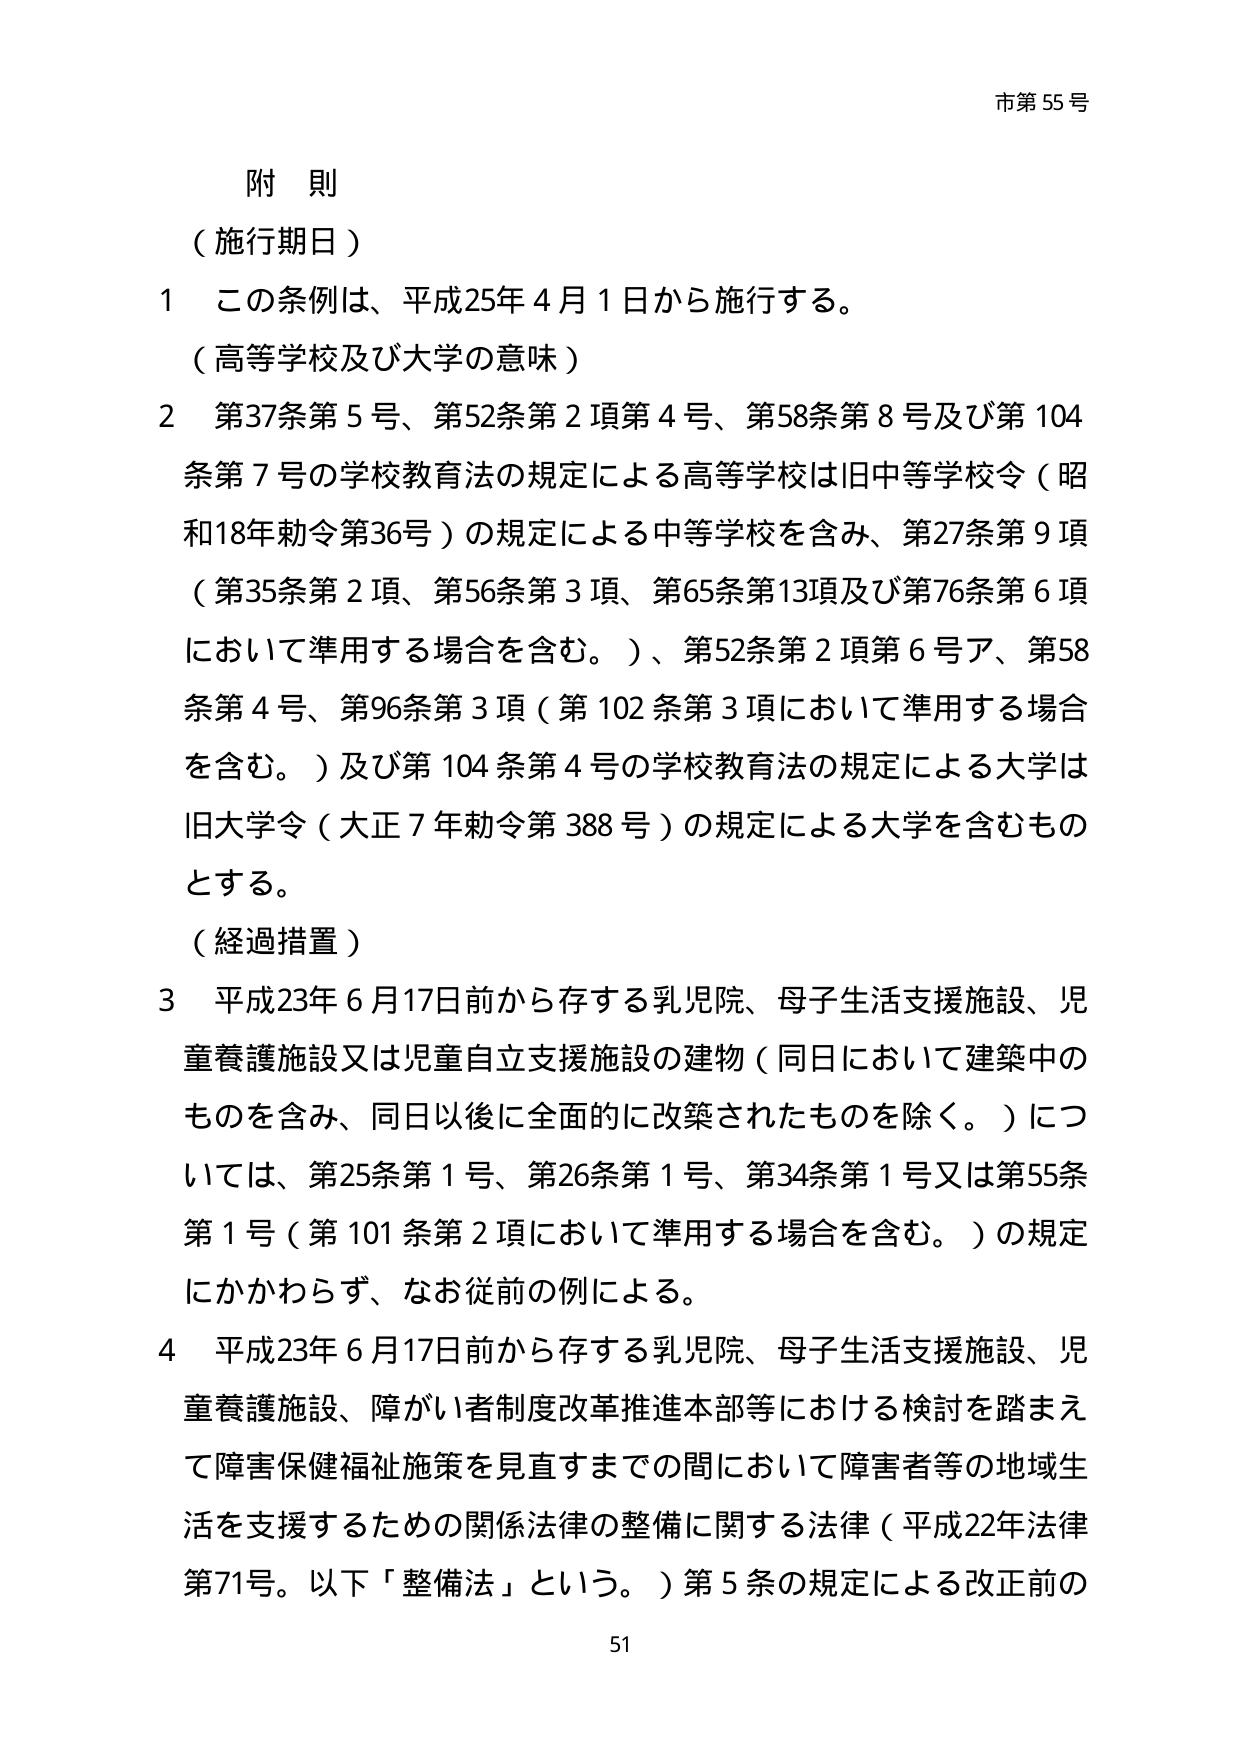
市第55号

附則

（施行期日）

1 この条例は、平成25年4月1日から施行する。

（高等学校及び大学の意味）

2 第37条第5号、第52条第2項第4号、第58条第8号及び第104条第7号の学校教育法の規定による高等学校は旧中等学校令（昭和18年勅令第36号）の規定による中等学校を含み、第27条第9項（第35条第2項、第56条第3項、第65条第13項及び第76条第6項において準用する場合を含む。）、第52条第2項第6号ア、第58条第4号、第96条第3項（第102条第3項において準用する場合を含む。）及び第104条第4号の学校教育法の規定による大学は旧大学令（大正7年勅令第388号）の規定による大学を含むものとする。

（経過措置）

3 平成23年6月17日前から存する乳児院、母子生活支援施設、児童養護施設又は児童自立支援施設の建物（同日において建築中のものを含み、同日以後に全面的に改築されたものを除く。）については、第25条第1号、第26条第1号、第34条第1号又は第55条第1号（第101条第2項において準用する場合を含む。）の規定にかかわらず、なお従前の例による。

4 平成23年6月17日前から存する乳児院、母子生活支援施設、児童養護施設、障がい者制度改革推進本部等における検討を踏まえて障害保健福祉施策を見直すまでの間において障害者等の地域生活を支援するための関係法律の整備に関する法律（平成22年法律第71号。以下「整備法」という。）第5条の規定による改正前の

51